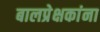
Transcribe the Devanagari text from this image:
बालप्रेक्षकांना